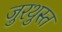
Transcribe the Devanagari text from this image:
जुरथुस्त